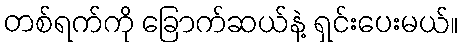
တစ်ရက်ကို ခြောက်ဆယ်နဲ့ ရှင်းပေးမယ်။